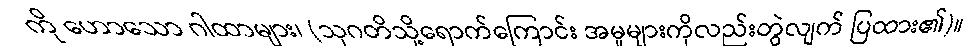
ကို ဟောသော ဂါထာများ၊ (သုဂတိသို့ရောက်ကြောင်း အမှုများကိုလည်းတွဲလျက် ပြထား၏)။